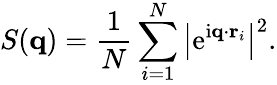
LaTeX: S(\mathbf{q})=\frac{1}{N}\sum_{i=1}^{N}\left|\mathrm{e}^{\mathrm{i}\mathbf{q}\cdot\mathbf{r}_{i}}\right|^{2}.